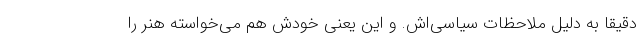
دقیقا به دلیل ملاحظات سیاسی‌اش. و این یعنی خودش هم می‌خواسته هنر را